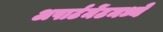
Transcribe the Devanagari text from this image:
अपार्टमेंटमध्ये